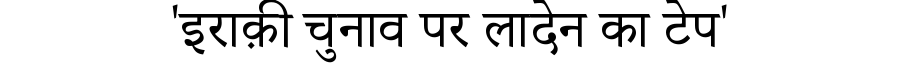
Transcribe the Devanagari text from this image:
'इराक़ी चुनाव पर लादेन का टेप'